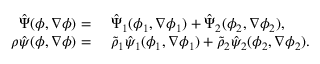
\begin{array} { r l } { \hat { \Psi } ( \phi , \nabla \phi ) = } & { { } ~ \hat { \Psi } _ { 1 } ( \phi _ { 1 } , \nabla \phi _ { 1 } ) + \hat { \Psi } _ { 2 } ( \phi _ { 2 } , \nabla \phi _ { 2 } ) , } \\ { \rho \hat { \psi } ( \phi , \nabla \phi ) = } & { { } ~ \tilde { \rho } _ { 1 } \hat { \psi } _ { 1 } ( \phi _ { 1 } , \nabla \phi _ { 1 } ) + \tilde { \rho } _ { 2 } \hat { \psi } _ { 2 } ( \phi _ { 2 } , \nabla \phi _ { 2 } ) . } \end{array}